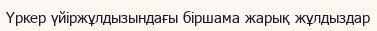
Үркер үйіржұлдызындағы біршама жарық жұлдыздар